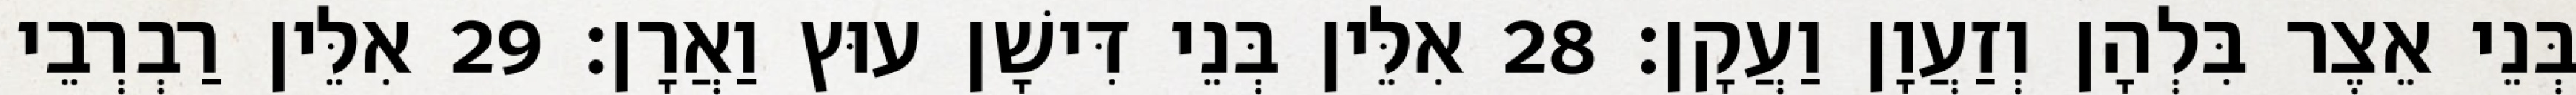
בְּנֵי אֵצֶר בִּלְהָן וְזַעֲוָן וַעֲקָן׃ 28 אִלֵּין בְּנֵי דִּישָׁן עוּץ וַאֲרָן׃ 29 אִלֵּין רַבְרְבֵי